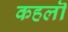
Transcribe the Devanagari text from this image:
कहलॊ